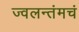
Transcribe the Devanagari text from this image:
ज्वलन्तंमचं